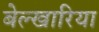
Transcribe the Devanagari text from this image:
बेल्खारिया